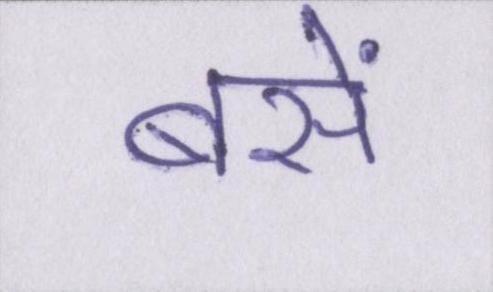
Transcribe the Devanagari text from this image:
बसें